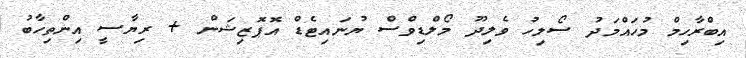
އިބްރާހިމް މުހައްމަދު ސޯލިހު ވެލިދޫ މޯލްޑިވްސް ޔުނައިޓެޑް އޮޕޮޒިޝަން + ރިޔާސީ އިންތިހާބު